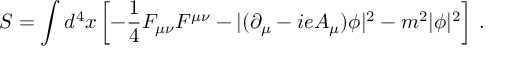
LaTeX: S = \int d ^ { 4 } x \left[ - { \frac { 1 } { 4 } } F _ { \mu \nu } F ^ { \mu \nu } - \vert ( \partial _ { \mu } - i e A _ { \mu } ) \phi \vert ^ { 2 } - m ^ { 2 } \vert \phi \vert ^ { 2 } \right] \, .